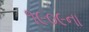
૧૯૦૯ના